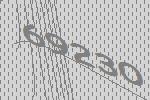
69230